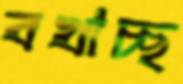
বখাচ্ছ